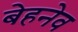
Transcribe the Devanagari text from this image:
बेहनेव